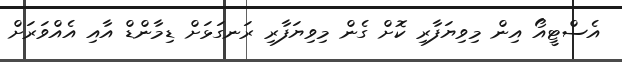
އެސްޓީއޯ އިން މިވިޔަފާރި ކޮށް ގެން މިވިޔަފާރި ރަނގަޅަށް ޑިމާންޑް އާއި އެއްވަރަށް